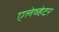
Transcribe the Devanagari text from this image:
एलेव्हेटर